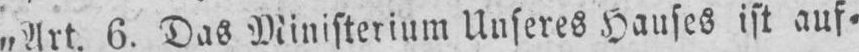
„Art. 6. Das Ministerium Unseres Hauses ist auf⸗